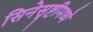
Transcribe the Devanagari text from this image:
सिनेसृष्टीमध्ये